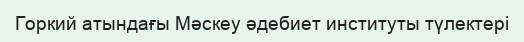
Горкий атындағы Мәскеу әдебиет институты түлектері